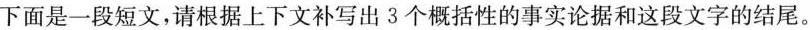
下面是一段短文，请根据上下文补写出3个概括性的事实论据和这段文字的结尾。